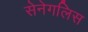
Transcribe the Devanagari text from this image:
सेनेगलिस